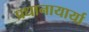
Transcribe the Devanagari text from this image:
प्रधानायार्या